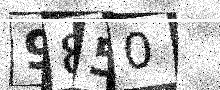
Text: 9850